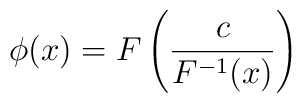
\phi(x)=F\left(\frac{c}{F^{-1}(x)}\right)